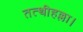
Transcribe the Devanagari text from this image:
तत्थीहल्ला।